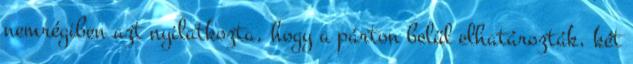
nemrégiben azt nyilatkozta, hogy a párton belül elhatározták, két